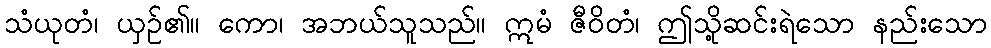
သံယုတံ၊ ယှဉ်၏။ ကော၊ အဘယ်သူသည်။ ဣမံ ဇီဝိတံ၊ ဤသို့ဆင်းရဲသော နည်းသော